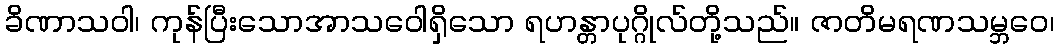
ခိဏာသဝါ၊ ကုန်ပြီးသောအာသဝေါရှိသော ရဟန္တာပုဂ္ဂိုလ်တို့သည်။ ဇာတိမရဏသမ္ဘဝေ၊